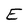
Character: E